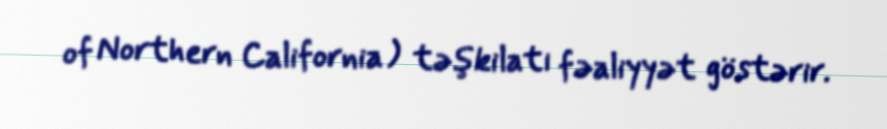
of Northern California ) təşkilatı fəaliyyət göstərir.